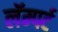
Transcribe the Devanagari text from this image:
लॅम्पर्ट